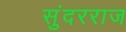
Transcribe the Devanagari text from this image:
सुंदरराज